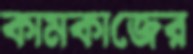
কামকাজের